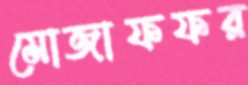
মোজাফফর